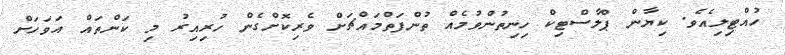
ހުއްޓިލިއެވެ. ކިޔާން ޕްލާސްޓިކް ހިނިތުންވުމެއް ތުންފަތްމައްޗަށް ވެރިކޮށްގެން ހުރިއިރު މި ކަންތައް އަވަހަށް